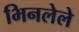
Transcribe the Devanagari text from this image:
भिनलेले